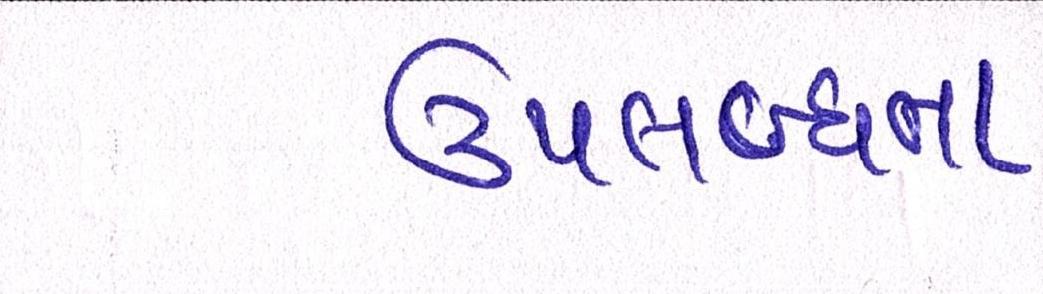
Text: ઉપલબ્ધતા